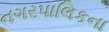
નગરપાલિકના